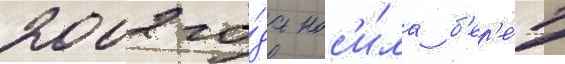
2002 го́да нос'и́ла б'ер'е́т